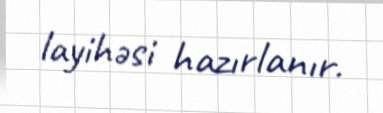
layihəsi hazırlanır.